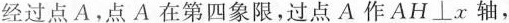
经过点 A，点 A 在第四象限，过点 A 作AH\bot x轴，